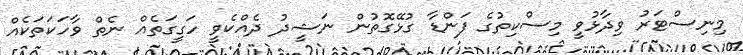
މިނިސްޓަރު ވިދާޅުވީ މިސްކިތުގެ ފަންޑާ ގުޅޭގޮތުން ނަޝީދު ދެއްކެވީ ހަގީގަތެއް ނެތް ވާހަކަތަކެއް